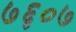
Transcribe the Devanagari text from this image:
७६०७